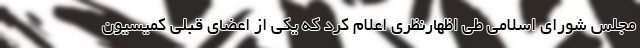
مجلس شورای اسلامی طی اظهارنظری اعلام کرد که یکی از اعضای قبلی کمیسیون